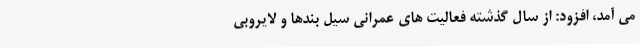
می آمد، افزود: از سال گذشته فعالیت های عمرانی سیل بندها و لایروبی